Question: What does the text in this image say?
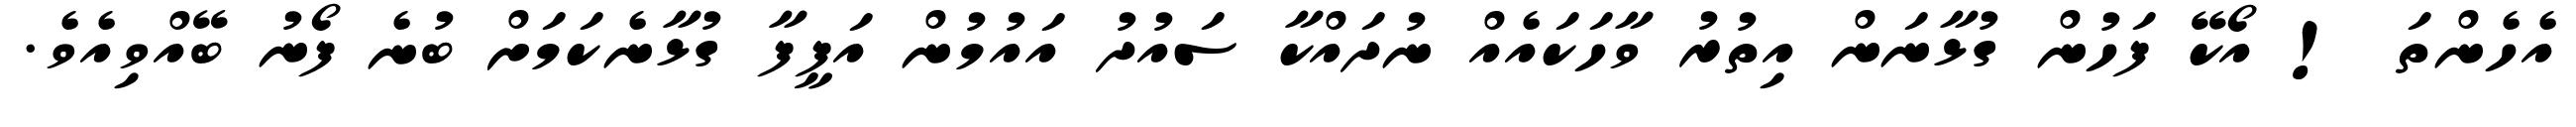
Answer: އެހެންތަ ! އޯކޭ ފަހުން ގުޅާނަން އިތުރު ވާހަކައެއް ނުދައްކާ ސައުދު އައުމުން އަފީފާ ގުޅާނެކަމަށް ބުނެ ފޯނު ބޭއްވިއެވެ.